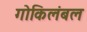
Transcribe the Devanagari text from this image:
गोकिलंबल